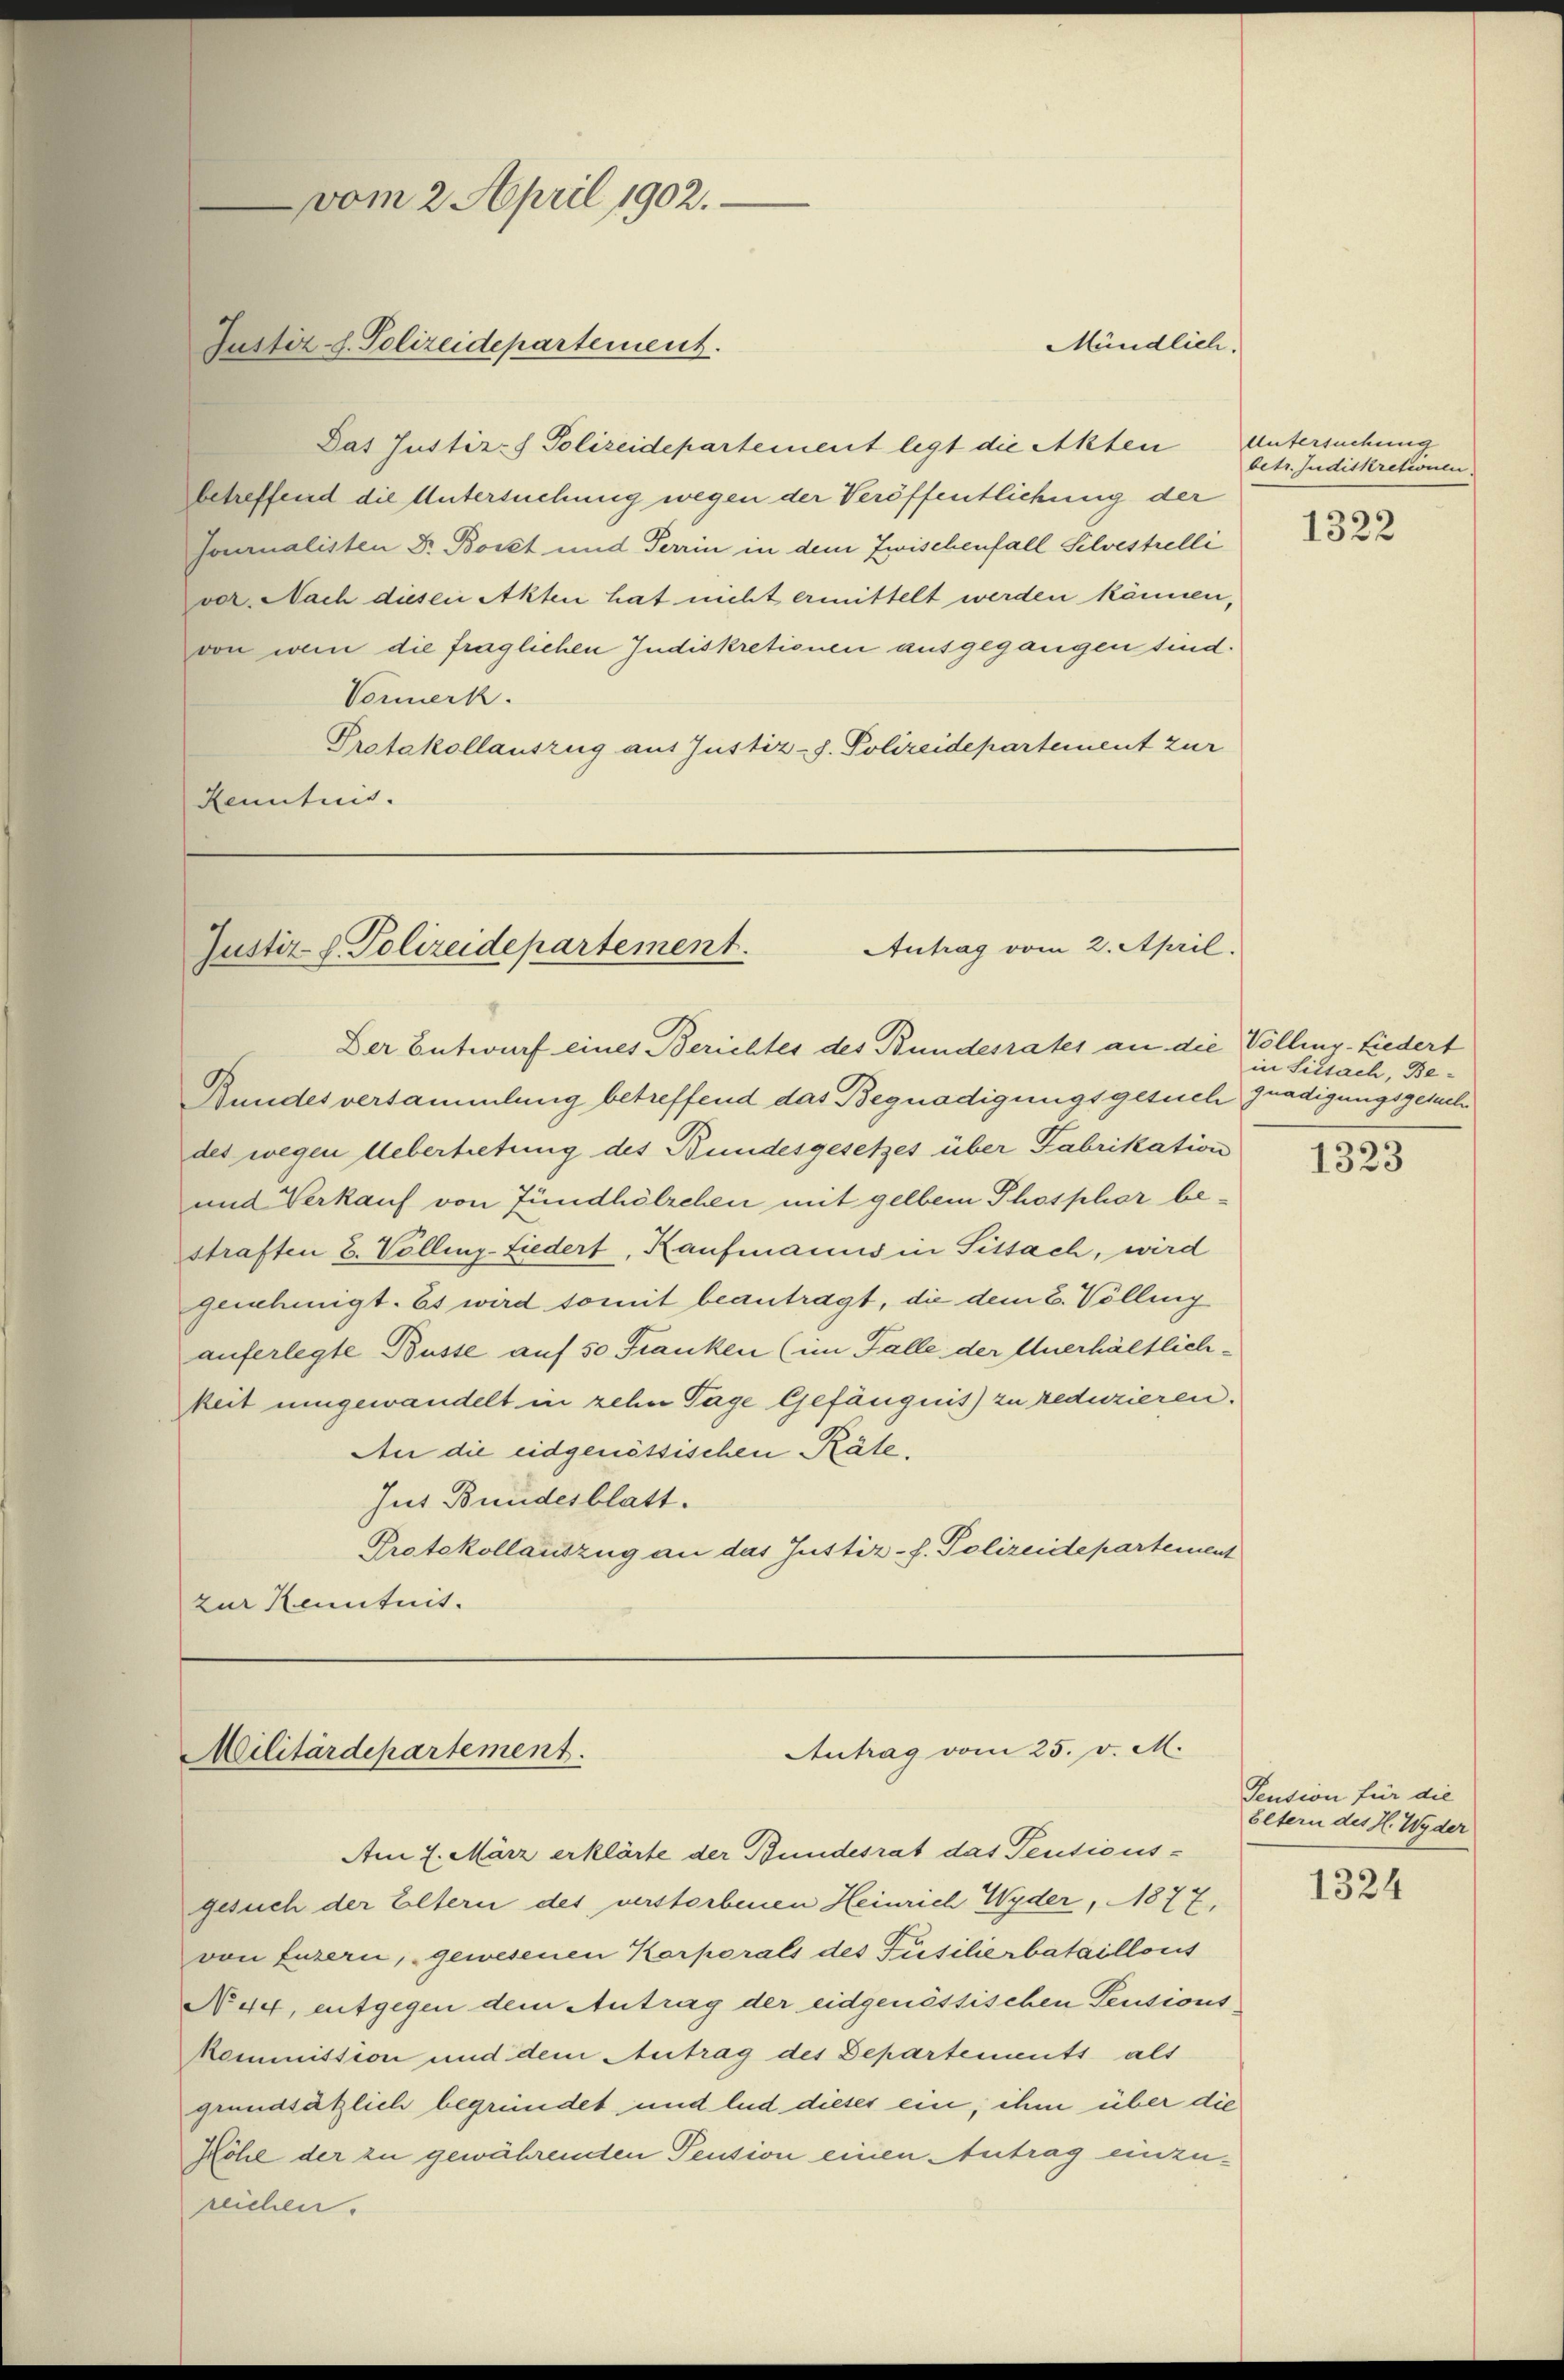
vom 2. April 1902.
Justiz- u. Polizeidepartement.

Das Justiz- & Polizeidepartement legt die Akten
betreffend die Untersuchung wegen der Veröffentlichung der
sonialisten Dr. Bovet und Terrin in dem Zwischenfall Silvestelli
vor. Nach diesen Akten hat nicht ermittelt werden können,
von wem die fraglichen Indiskretionen ausgegangen sind.
Vormerk.
Protokollauszug aus Justiz-J. Polizeidepartement zur
Renntnis.

Mündlich.

Antrag vom 2. April.
Justiz-J. Polizeidepartement.

Der Entwurf eines Berichtes des Bundesrates an die Volling-Liedert
Bundesversammlung betreffend das Begnadigungsgesuch gnadigungsgesuchdes wegen Uebertretung des Bundesgesetzes über Fabrikation
und Verkauf von Zündhölzchen mit gelben Phosphor bestraften 2. Volling-Liedert, Kaufmanns in Sissach, wird
genehmigt. Es wird somit beantragt, die dem 2. Völling
auferlegte Busse auf 50 Franken (im Falle der Unerhältlichkeit umgewandelt in zehn Tage Gefängnis) zu reduzieren.
An die eidgenössischen Räte,
sus Bundesblatt.
Protokollauszug an das Justiz-f. Polizeidepartement
zur Kenntnis.

Antrag vom 25. v. M.
Militärdepartement.

Am 7. März erklärte der Bundesrat das Pensionsgesuch der Eltern des verstorbenen Heinrich Wyder, 1877,
von Luzern, gewesenen Korporals des Füsilierbataillons
No 44, entgegen dem Antrag der eidgenössischen Pensionskommission und dem Antrag des Departements als
grundsätzlich begründet und leid dieses ein, ihm über die
Röhl der zu gewährenden Pension einen Antrag einzureichen.

Untersuchung
betr. Judiskretionen
1322

in Sissach, Be¬

1323

Pension für die
Eltern des H. Wyder

1324